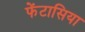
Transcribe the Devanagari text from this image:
फेंटासिया